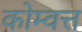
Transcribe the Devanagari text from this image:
कोम्वत्त